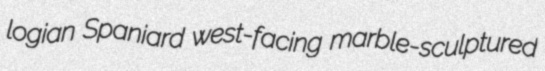
logian Spaniard west-facing marble-sculptured